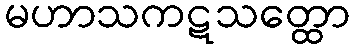
မဟာသကဋသတ္ထော